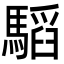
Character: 𩥅